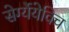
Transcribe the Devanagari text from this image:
सेर्ग्येयेविच